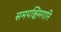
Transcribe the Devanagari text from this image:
समपश्चिमगानि